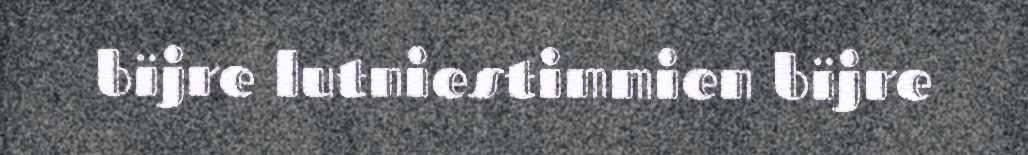
bïjre lutniestimmien bïjre